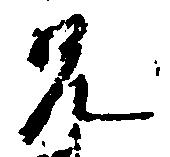
兄